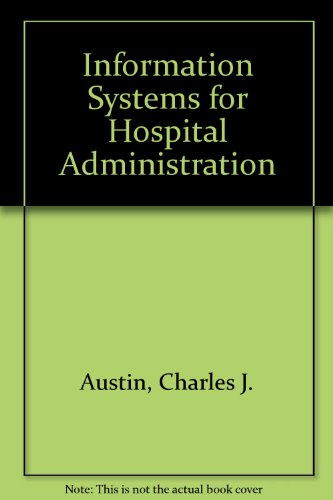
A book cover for Information Systems for Hospital Administration; Charles J. Austin; Medical Books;